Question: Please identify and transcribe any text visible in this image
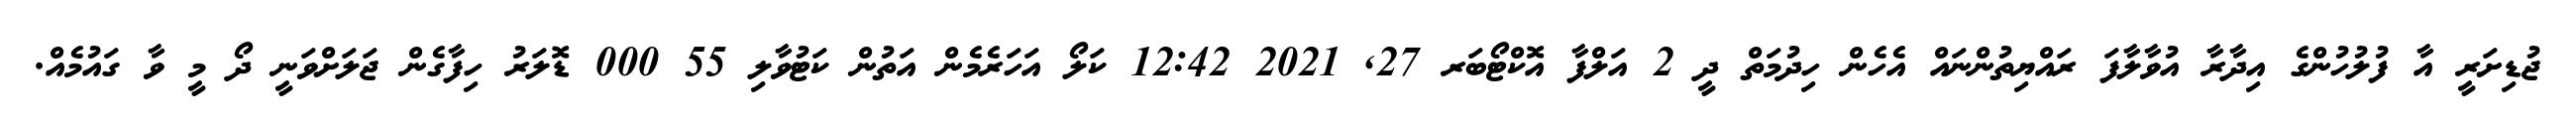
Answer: ޖުޑިށަރީ އާ ފުލުހުންގެ އިދާރާ އުވާލާފަ ރައްޔިތުންނައް އެހެން ހިދުމަތް ދީ 2 އަލްފާ އޮކްޓޯބަރ 27, 2021 12:42 ކަލޯ އަހަރެމެން އަތުން ކަޓުވާލި 55 000 ޑޮލަރު ހިފާގެން ޖަލަށްވަނީ ދޯ މީ ވާ ގައުމެއް.